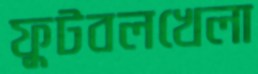
ফুটবলখেলা